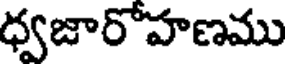
ధ్వజారోహణము